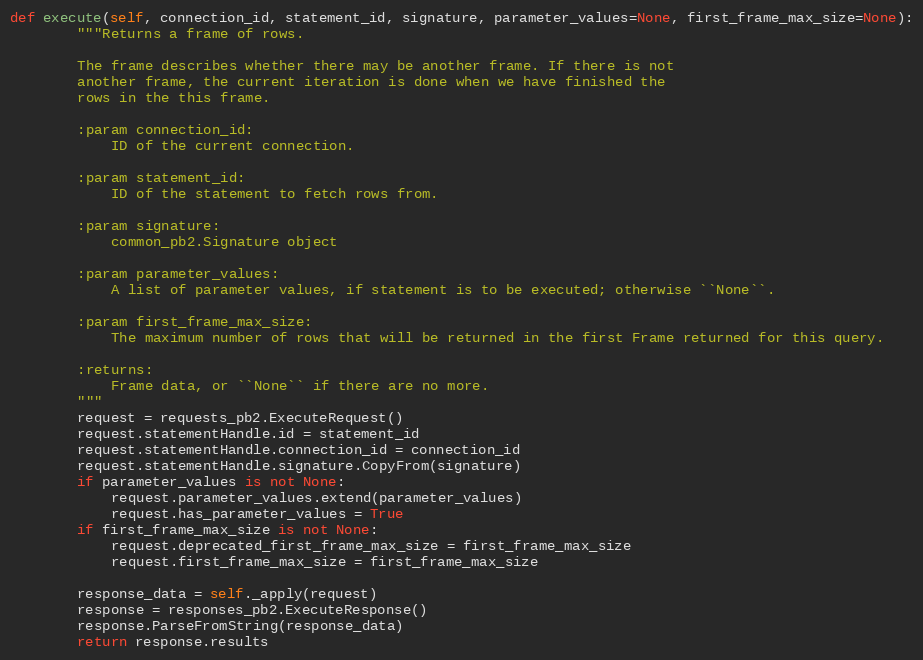
Language: Python
def execute(self, connection_id, statement_id, signature, parameter_values=None, first_frame_max_size=None):
        """Returns a frame of rows.

        The frame describes whether there may be another frame. If there is not
        another frame, the current iteration is done when we have finished the
        rows in the this frame.

        :param connection_id:
            ID of the current connection.

        :param statement_id:
            ID of the statement to fetch rows from.

        :param signature:
            common_pb2.Signature object

        :param parameter_values:
            A list of parameter values, if statement is to be executed; otherwise ``None``.

        :param first_frame_max_size:
            The maximum number of rows that will be returned in the first Frame returned for this query.

        :returns:
            Frame data, or ``None`` if there are no more.
        """
        request = requests_pb2.ExecuteRequest()
        request.statementHandle.id = statement_id
        request.statementHandle.connection_id = connection_id
        request.statementHandle.signature.CopyFrom(signature)
        if parameter_values is not None:
            request.parameter_values.extend(parameter_values)
            request.has_parameter_values = True
        if first_frame_max_size is not None:
            request.deprecated_first_frame_max_size = first_frame_max_size
            request.first_frame_max_size = first_frame_max_size

        response_data = self._apply(request)
        response = responses_pb2.ExecuteResponse()
        response.ParseFromString(response_data)
        return response.results